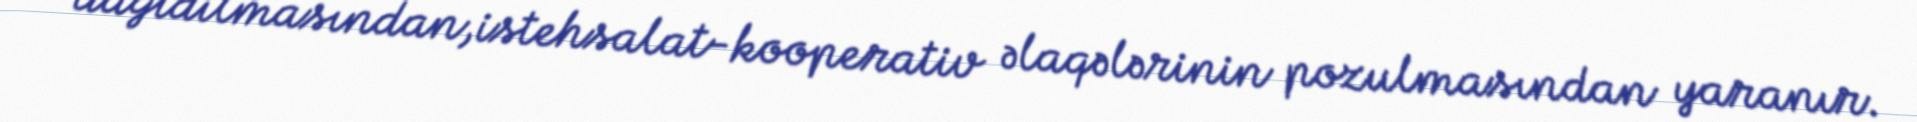
dağıdılmasından,istehsalat-kooperativ əlaqələrinin pozulmasından yaranır.